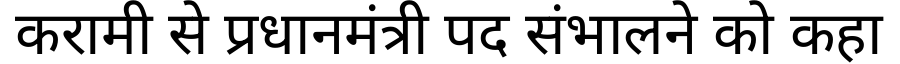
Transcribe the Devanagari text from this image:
करामी से प्रधानमंत्री पद संभालने को कहा